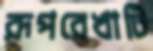
রূপরেখাটি